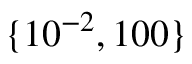
\lbrace 1 0 ^ { - 2 } , 1 0 0 \rbrace